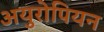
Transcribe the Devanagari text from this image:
अयुरोपियन